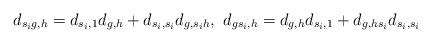
LaTeX: \begin{align*}d_{s_ig,h}=d_{s_i,1}d_{g,h}+d_{s_i,s_i}d_{g,s_ih},~d_{gs_i,h}=d_{g,h}d_{s_i,1}+d_{g,hs_i}d_{s_i,s_i}\end{align*}